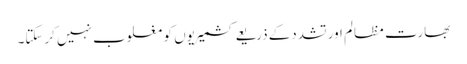
بھارت مظالم اور تشددکے ذریعے کشمیریوں کو مغلوب نہیں کرسکتا۔